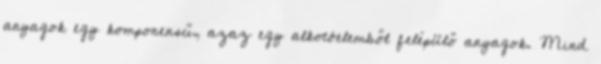
anyagok egy komponensű, azaz egy alkotóelemből felépülő anyagok. Mind